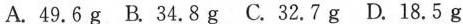
A.49.6g B.34.8g C.32.7g D.18.5g